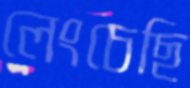
লেংচেছি